Annual administration report of the Civil Veterinary Department of India - 1902-1903
Year: 1902
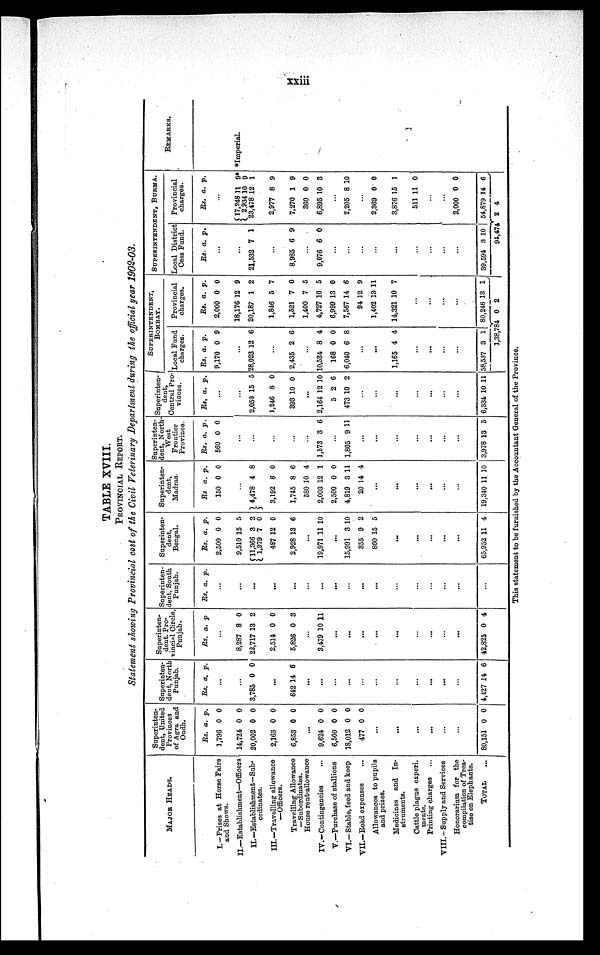
xxiii
TABLE XVIII.
PROVINCIAL REPORT.
Statement showing Provincial cost of the Civil Veterinary Department during the official year 1902-03.
MAJOR HEADS.
I.—Prizes at Horse Fairs
and Shows.
II.—Establishment—Officers
II.—Establishment—Sub-
ordinates.
III.—Travelling allowance
—Officers.
Travelling Allowance
—Subordinates.
House rent-allowance
IV.—Contingencies ...
V.—Purchase of stallions
VI.—Stable, feed and keep
VII.—Road expenses
Allowances to pupils
and prizes.
Medicines and In-
struments.
Cattle plague experi.
ments.
Printing charges
VIII.-Supply and Services
Honorarium for the
compilation of Trea-
tise on Elephants.
TOTAL ...
Superinten
dent, United
Provinces
of Agra and
Oudh.
Rs.
1,796
14,724
20,002
2,163
6,853
a.
0
0
0
0
0
p.
0
0
0
0
0
...
9,624
6,500
18,012
477
0
0
0
0
0
0
0
0
...
...
...
...
...
...
80,151 0 0
Superinten
dent, North
Punjab.
Rs. a. p.
...
...
3,785 0 0
...
642 14 6
...
...
...
...
...
...
...
...
...
.
..
...
4,427 14 6
Superinten
dent. Pro
vincial Circle,
Punjab.
Rs. a. p
...
8,287
22,717
2,514
5,826
8
13
0
0
0
2
0
3
...
3,479 10 11
...
...
...
...
...
...
...
...
...
42,825 0 4
Superinten-
dent, South
Punjab.
Rs. a. p.
...
...
...
...
...
...
...
...
...
...
...
...
...
...
...
...
...
Superinten
dent,
Bengal.
Rs.
2,500
9,510
11,366
1,979
487
2,928
a.
0
15
3
7
12
13
p.
0
5
2
0
0
6
...
19,971 11 10
...
15,991
355
860
3
9
15
10
2
5
...
...
...
...
...
65,952 11 4
Superiten
dent,
Madras.
Rs
150
a.
0
p.
0
...
4,478
3,192
1,745
580
2,003
2,500
4,819
20
4
6
8
10
12
0
3
14
8
0
6
4
1
0
11
4
...
...
...
...
...
...
19,340 11 10
Superinten
dent, North
West
Frontier
Province.
Rs.
560
a.
0
p.
0
...
...
...
...
...
1,573 3 6
...
1,805 9 11
...
...
...
...
...
..
.
...
3,978 13 5
Superiten
dent,
Central Pro
vinces.
Rs. a. p.
...
...
2,050
1,246
393
15
8
10
5
0
0
...
2,164
5
473
12
2
10
10
6
2
...
...
...
...
...
...
6,334 10 11
SUPERINTENDENT,
BOMBAY.
Local Fund
charges.
Rs.
9,170
a.
0
p.
9
...
28,023 12 6
...
2,435 2 6
...
10,534
168
6,040
8
0
6
4
0
8
...
...
1,165 4 4
...
...
...
...
58,537 3 1
1,38,784
Provincial
charges.
Rs.
2,000
18,176
20,187
1,846
1,521
1,400
4,727
6,999
7,567
94
1,402
14,321
a.
0
12
1
5
7
7
10
13
14
12
13
10
p.
0
9
2
7
0
5
5
0
6
9
11
7
...
...
...
...
30,246 13
0
1
2
SUPERINTENDENT, BURMA
Local District
Cess Fund.
Rs. a. p.
...
...
21,532 7 1
...
8,985 6 9
...
9,076 6 0
...
...
...
...
...
...
...
...
...
39,594 3 10
94,474
Provincial
charges.
Rs. a. p.
...
17,248
2,934
23,478
2,977
7,270
360
6,895
11
10
12
8
1
0
10
9*
9
1
9
9
0
3
...
2,205 8 10
...
2,369
3,876
511
0
15
11
0
1
0
...
...
2,000
54,879
0
14
2
0
6
4
REMARKS.
*Imperial.
This statement to be furnished by the Accountant General of the Province.